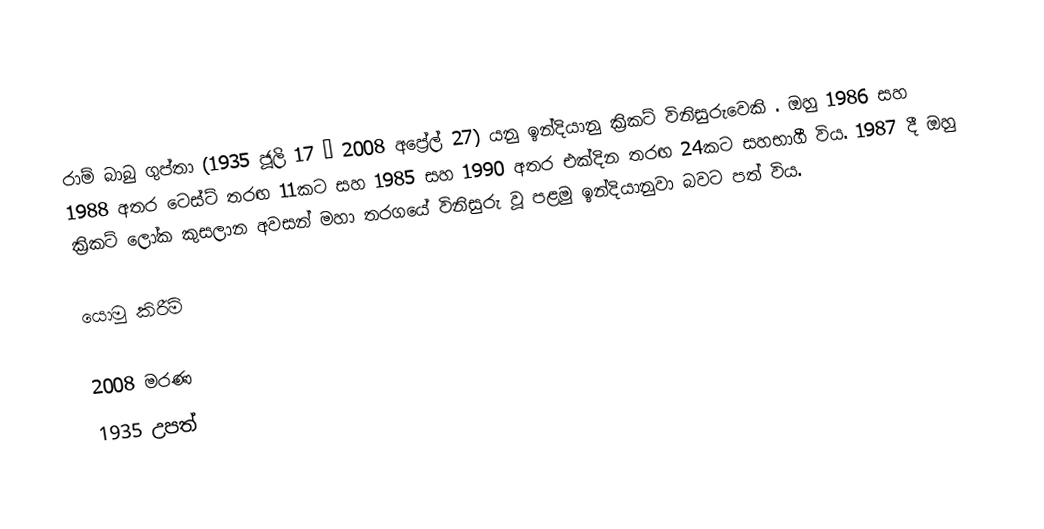
රාම් බාබු ගුප්තා (1935 ජූලි 17 – 2008 අප්‍රේල් 27) යනු ඉන්දියානු ක්‍රිකට් විනිසුරුවෙකි . ඔහු 1986 සහ 1988 අතර ටෙස්ට් තරඟ 11කට සහ 1985 සහ 1990 අතර එක්දින තරඟ 24කට සහභාගී විය. 1987 දී ඔහු ක්‍රිකට් ලෝක කුසලාන අවසන් මහා තරගයේ විනිසුරු වූ පළමු ඉන්දියානුවා බවට පත් විය.

යොමු කිරීම්

2008 මරණ
1935 උපත්